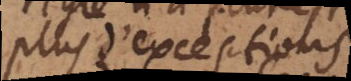
plus d’exceptions